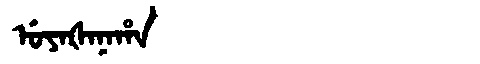
Manchu: ᡠᠶᠠᡧᠠᠨᠠᡥᠠ
Romanization: UYAŠANAHA